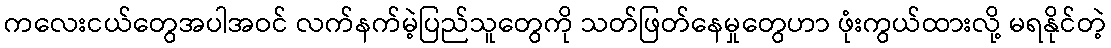
ကလေးငယ်တွေအပါအဝင် လက်နက်မဲ့ပြည်သူတွေကို သတ်ဖြတ်နေမှုတွေဟာ ဖုံးကွယ်ထားလို့ မရနိုင်တဲ့